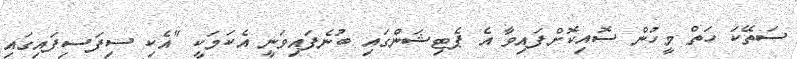
ސަތޭކަ ހަތް މީހުން ސޮއިކޮށްފައިވާ އެ ޕެޓިޝަންގައި ބުނެފައިވަނީ އެކަމަކީ "އެކި ސިފަސިފައިގައި